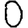
Digit: 0